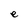
Character: e